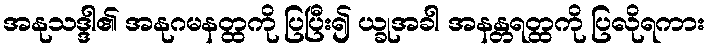
အနုသဒ္ဒါ၏ အနုဂမနတ္ထကို ပြပြီး၍ ယ္ခုအခါ အနန္တရတ္ထကို ပြလိုရကား